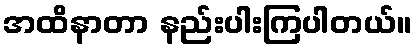
အထိနာတာ နည်းပါးကြပါတယ်။